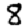
Digit: 8